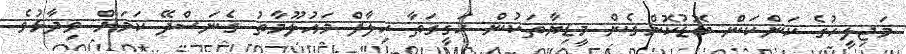
މަޖިލީހުގެ ކަންކަން ބޮޑުކޮށްގެން މީޑިޔާތަކުން ހަގީގަތާ ހިލާފް މައުލޫމާތު ގެނަސްދޭ ކަމަށް ވިދާޅުވެ